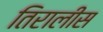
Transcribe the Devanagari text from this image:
तिरालीस